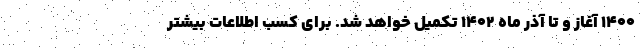
۱۴۰۰ آغاز و تا آذر ماه ۱۴۰۲ تکمیل خواهد شد. برای کسب اطلاعات بیشتر